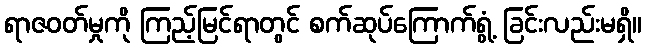
ရာဇဝတ်မှုကို ကြည့်မြင်ရာတွင် စက်ဆုပ်ကြောက်ရွံ့ ခြင်းလည်းမရှိ။